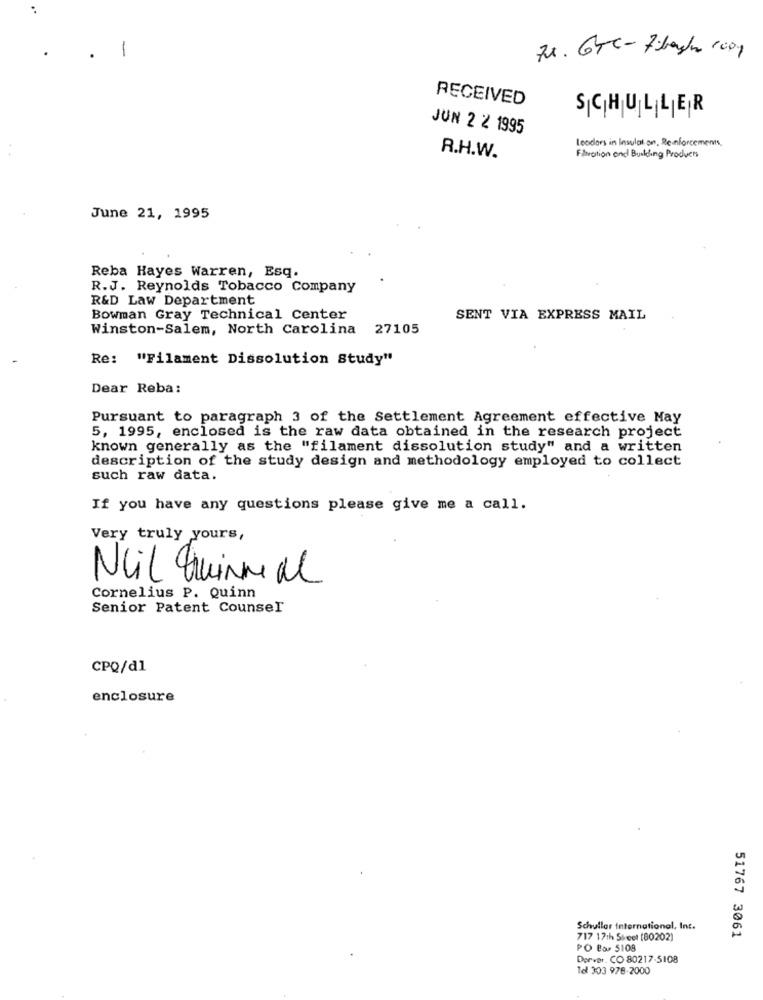
-
Fx. Gre- 7.bashr 1001
RECEIVED
SICHJULILER
JUN 2 2 1995
leaders in Insular an, Reinforcements.
R.H.W.
Fination and Building Products
June 21, 1995
Reba Hayes Warren, Esq.
R.J. Reynolds Tobacco Company
R&D Law Department
Bowman Gray Technical Center
SENT VIA EXPRESS MAIL
Winston-Salem, North Carolina 27105
Re: "Filament Dissolution Study"
Dear Reba:
Pursuant to paragraph 3 of the Settlement Agreement effective May
5, 1995, enclosed is the raw data obtained in the research project
known generally as the "filament dissolution study" and a written
description of the study design and methodology employed to collect
such raw data.
If you have any questions please give me a call.
Very truly yours,
Nail Quinmeal
Cornelius P. Quinn
Senior Patent Counsel
CPQ/dl
enclosure
Schuller International, Inc.
51767 3061
717 17th Street (80202)
PO Bor 5108
Derver. CO 80217-5108
To 303 978-2000